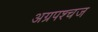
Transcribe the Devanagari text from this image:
अग्रपश्चज